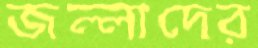
জল্লাদের